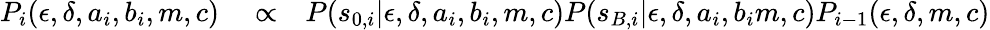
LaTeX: \begin{array}{rlr}{P_{i}(\epsilon,\delta,a_{i},b_{i},m,c)}&{{}\propto}&{P(s_{0,i}|\epsilon,\delta,a_{i},b_{i},m,c)P(s_{B,i}|\epsilon,\delta,a_{i},b_{i}m,c)P_{i-1}(\epsilon,\delta,m,c)}\end{array}